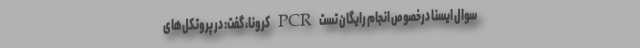
سوال ایسنا درخصوص انجام رایگان تست PCR کرونا، گفت: در پروتکل‌های